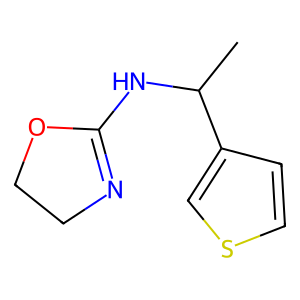
SMILES: CC(NC1=NCCO1)c1ccsc1
Inhibits HIV replication: No